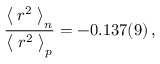
{ \frac { \bigm < r ^ { 2 } \bigm > _ { n } } { \bigm < r ^ { 2 } \bigm > _ { p } } } = - 0 . 1 3 7 ( 9 ) \, ,